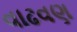
વાઢવણ